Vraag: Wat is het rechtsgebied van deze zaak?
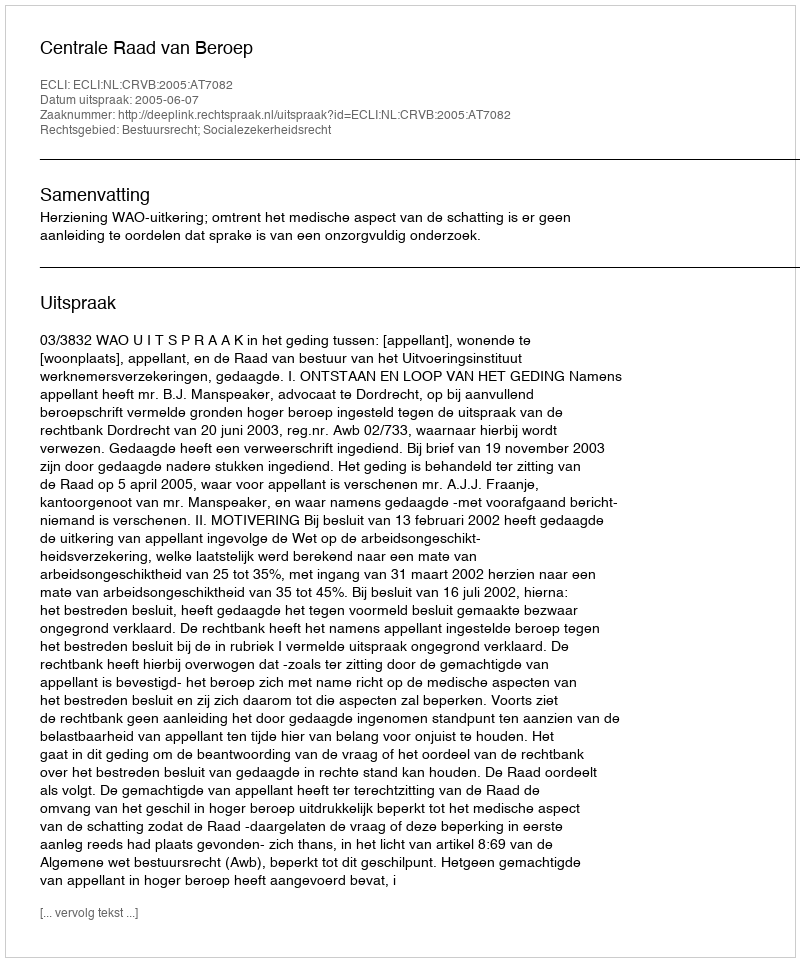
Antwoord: Bestuursrecht; Socialezekerheidsrecht